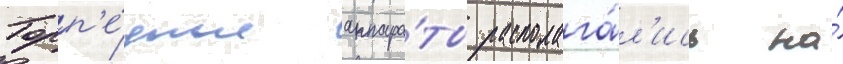
Торп'е́дные аппара́ты располага́л'ись на́